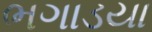
ભગાડયા